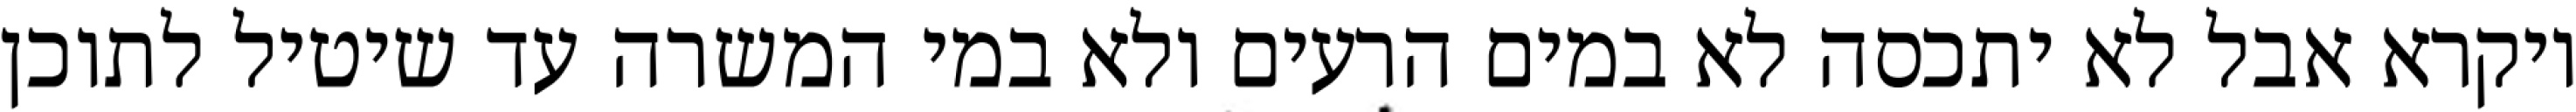
ויקרא אבל לא יתכסה לא במים הרעים ולא במי המשרה עד שיטיל לתוכן